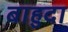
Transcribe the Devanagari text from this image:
बाहुदा